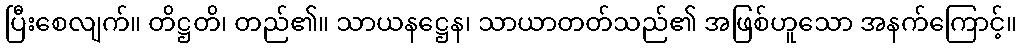
ပြီးစေလျက်။ တိဋ္ဌတိ၊ တည်၏။ သာယနဋ္ဌေန၊ သာယာတတ်သည်၏ အဖြစ်ဟူသော အနက်ကြောင့်။